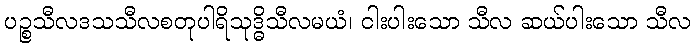
ပဉ္စသီလဒသသီလစတုပါရိသုဒ္ဓိသီလမယံ၊ ငါးပါးသော သီလ ဆယ်ပါးသော သီလ